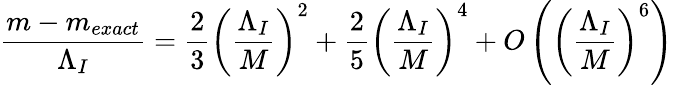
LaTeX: \frac{m-m_{exact}}{\Lambda_{I}}=\frac{2}{3}\left(\frac{\Lambda_{I}}{M}\right)^{2}+\frac{2}{5}\left(\frac{\Lambda_{I}}{M}\right)^{4}+O\left(\left(\frac{\Lambda_{I}}{M}\right)^{6}\right)